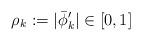
LaTeX: \begin{align*}\rho_k := |\bar{\phi}'_k| \in [0,1]\end{align*}